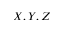
X , Y , Z